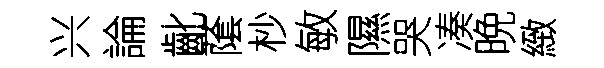
兴論齔䕃杪敏隰哭凑晩緻